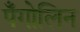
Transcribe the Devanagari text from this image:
पँगोलिन